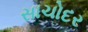
સાચોદર